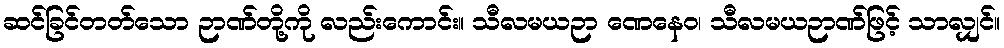
ဆင်ခြင်တတ်သော ဉာဏ်တို့ကို လည်းကောင်း။ သီလမယဉာ ဏေနေဝ၊ သီလမယဉာဏ်ဖြင့် သာလျှင်။